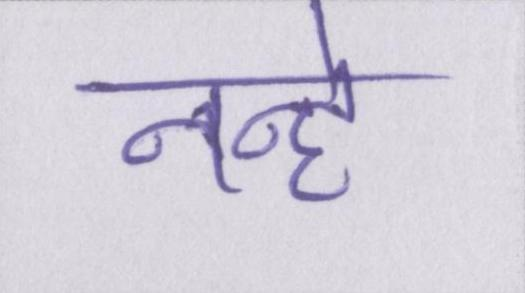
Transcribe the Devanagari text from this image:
नन्हे